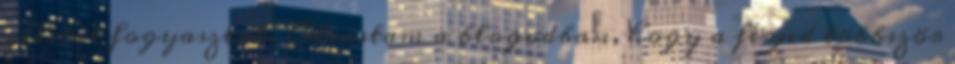
géleket fogyasztok. Olvastam a blogodban, hogy a férjed többször